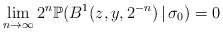
\begin{align*}\lim_{n\to\infty}2^{n}\mathbb{P}(B^{1}(z,y,2^{-n})\,|\,\sigma_{0})=0\end{align*}